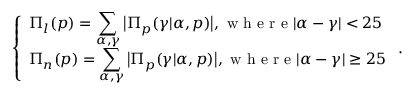
\left\{ \begin{array} { l l } { \Pi _ { l } ( p ) = \displaystyle \sum _ { \alpha , \gamma } \big \vert \Pi _ { p } ( \gamma \vert \alpha , p ) \big \vert , \mathrm { ~ w ~ h ~ e ~ r ~ e ~ } \vert \alpha - \gamma \vert < 2 5 } \\ { \Pi _ { n } ( p ) = \displaystyle \sum _ { \alpha , \gamma } \big \vert \Pi _ { p } ( \gamma \vert \alpha , p ) \big \vert , \mathrm { ~ w ~ h ~ e ~ r ~ e ~ } \vert \alpha - \gamma \vert \ge 2 5 } \end{array} \right. .